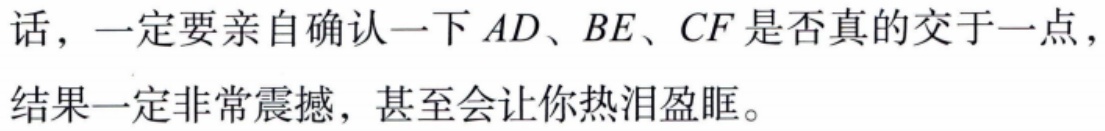
话，一定要亲自确认一下 \(AD、BE、CF\) 是否真的交于一点，结果一定非常震撼，甚至会让你热泪盈眶。